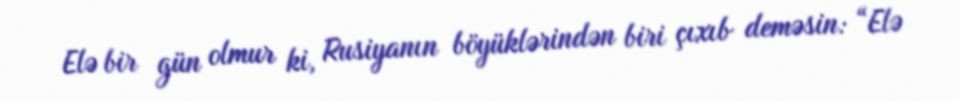
Elə bir gün olmur ki, Rusiyanın böyüklərindən biri çıxıb deməsin: “Elə